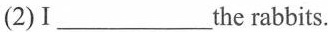
(2) I ___he rabbits.